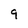
Character: 9